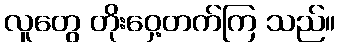
လူတွေ တိုးဝှေ့တက်ကြ သည်။